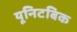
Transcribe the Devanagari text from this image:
यूनिटबिक